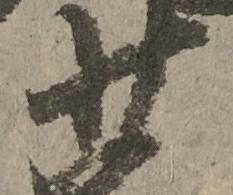
少